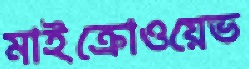
মাইক্রোওয়েভ